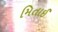
મિતાઈ